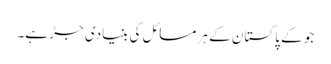
جو کے پاکستان کے ہر مسائل کی بنیادی جڑ ہے۔